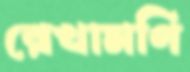
রেখামণি